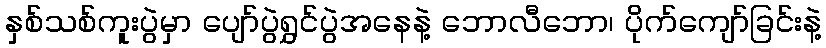
နှစ်သစ်ကူးပွဲမှာ ပျော်ပွဲရွှင်ပွဲအနေနဲ့ ဘောလီဘော၊ ပိုက်ကျော်ခြင်းနဲ့